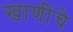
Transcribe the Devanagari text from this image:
खाणींचे